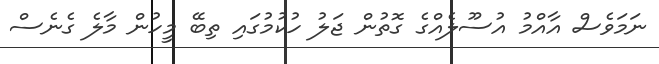
ނަމަވެސް އާއްމު އުސޫލެއްގެ ގޮތުން ޖަލު ހުކުމުގައި ތިބޭ މީހުން މާލެ ގެނެސް